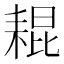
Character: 𦓼